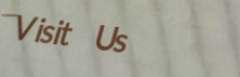
Visit Us